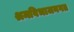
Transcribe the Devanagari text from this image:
श्रमविभाजनगत